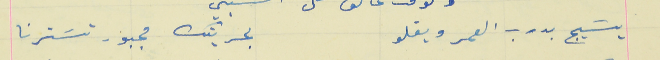
يسَيج بدرب العمر ويقلو                                  بحريتك مجبور تسَترنا